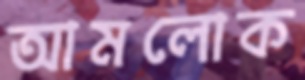
আমলোক